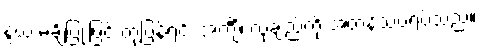
နွယ် မချိပြုံးဖြင့် တုံ့ပြန်ရင်း အင်္ကျီ၊ လုံချည်ကို အတန်သပ်ရပ်သည်။